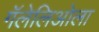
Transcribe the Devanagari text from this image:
गॅलेलिओला